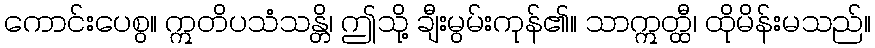
ကောင်းပေစွ။ ဣတိပသံသန္တိ၊ ဤသို့ ချီးမွမ်းကုန်၏။ သာဣတ္ထီ၊ ထိုမိန်းမသည်။